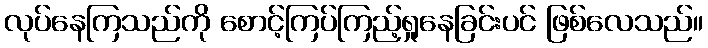
လုပ်နေကြသည်ကို စောင့်ကြပ်ကြည့်ရှုနေခြင်းပင် ဖြစ်လေသည်။